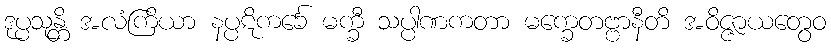
ဒုပ္ပသုန္တိ အလံကြိယာ နပ္ပဋိကင်္ခေ မက္ခီ သပ္ပါဏကတာ မက္ခေတဗ္ဗာနီတိ အဝိဇ္ဇာယတွေဝ